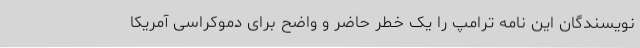
نویسندگان این نامه ترامپ را یک خطر حاضر و واضح برای دموکراسی آمریکا